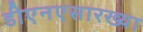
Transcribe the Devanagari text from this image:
डीएनएसारख्या